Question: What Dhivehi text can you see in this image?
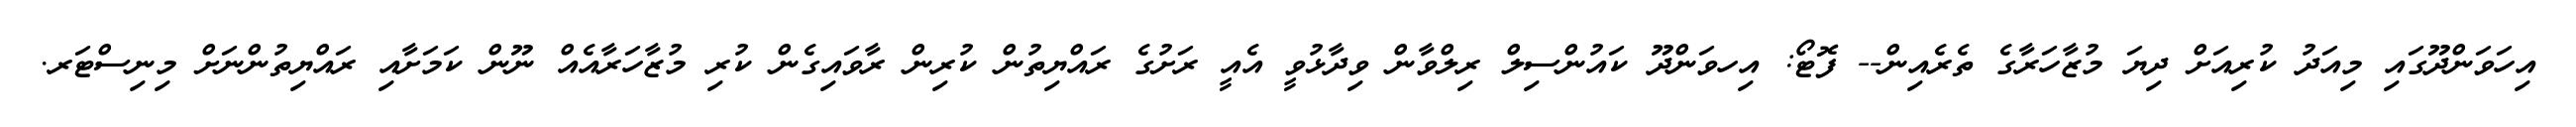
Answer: އިހަވަންދޫގައި މިއަދު ކުރިއަށް ދިޔަ މުޒާހަރާގެ ތެރެއިން-- ފޮޓޯ: އިހވަންދޫ ކައުންސިލް ރިލްވާން ވިދާޅުވީ އެއީ ރަށުގެ ރައްޔިތުން ކުރިން ރާވައިގެން ކުރި މުޒާހަރާއެއް ނޫން ކަމަށާއި ރައްޔިތުންނަށް މިނިސްޓަރ.